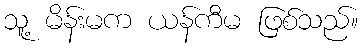
သူ့ မိန်းမက ယန်ကီမ ဖြစ်သည်။